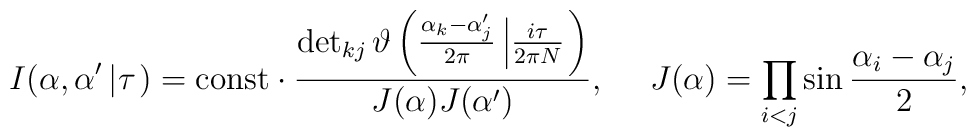
I(\alpha,\alpha '\left|\tau \right.)={\rm const}\cdot\frac{\det_{kj}\vartheta\left(\frac{\alpha _k-\alpha'_j}{2\pi }\left|\frac{i\tau }{2\pi N}\right.\right)}{J(\alpha )J(\alpha ')},~~~~J(\alpha )=\prod_{i<j}\sin\frac{\alpha _i-\alpha _j}{2},